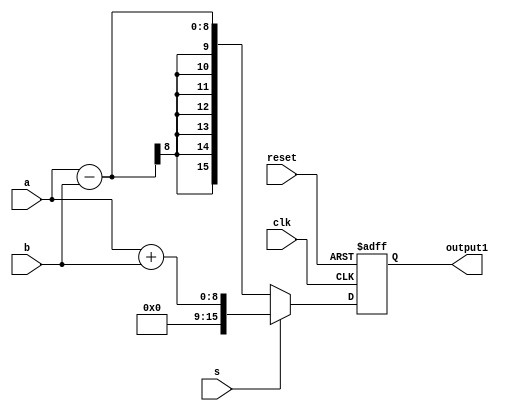
module stage1 (
    input [7:0] a,
    input [7:0] b,
    input s,
    input clk,
    input reset,
    output [15:0] output1
);
    reg [15:0] reg_sum;

    always @ (posedge clk or posedge reset) begin
        if (reset)
            reg_sum <= 8'b0;
        else if (s)
            reg_sum <= a + b;
        else
            reg_sum <= a - b;
    end

    assign output1 = reg_sum;
endmodule

module stage2 (
    input [7:0] c,
    input clk,
    input reset,
    input [15:0] output1,
    output [15:0] result
);
    reg [15:0] reg_result;
    always @ (posedge clk or posedge reset) begin
        if (reset) begin
            reg_result <= 16'b0;
        end
        else begin
            reg_result <= output1 * c;
        end
    end

    assign result = reg_result;
endmodule

module hw2_pipe (
    input [7:0] a,
    input [7:0] b,
    input [7:0] c,
    input s,
    input clk,
    input reset,
    output [15:0] d
);
    wire [15:0] output1;
    stage1 stage1_inst (a, b, s, clk, reset, output1);
    stage2 stage2_inst (c, clk, reset, output1, d);
endmodule